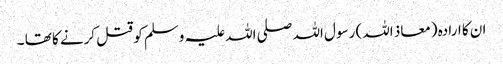
ان کا ارادہ (معاذ اللہ) رسول اللہ صلی اللہ علیہ وسلم کو قتل کرنے کا تھا ۔